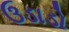
ઉડાડો